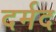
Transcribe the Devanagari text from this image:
दर्मद